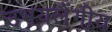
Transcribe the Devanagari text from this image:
उभयलैंगीय